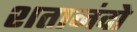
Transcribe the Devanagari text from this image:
शतानंदो